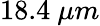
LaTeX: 18.4~\mu m